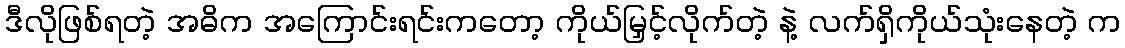
ဒီလိုဖြစ်ရတဲ့ အဓိက အကြောင်းရင်းကတော့ ကိုယ်မြှင့်လိုက်တဲ့ နဲ့ လက်ရှိကိုယ်သုံးနေတဲ့ က